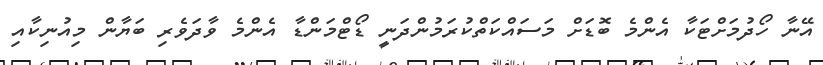
އޭނާ ހޯދުމަށްޓަކާ އެންމެ ބޮޑަށް މަސައްކަތްކުރަމުންދަނީ ޑޯޓްމަންޑާ އެންމެ ވާދަވެރި ބަޔާން މިއުނިކާއި